65_HS1-834228961_62-HQ-83894_Section_8
Agency: FBI
Page 86
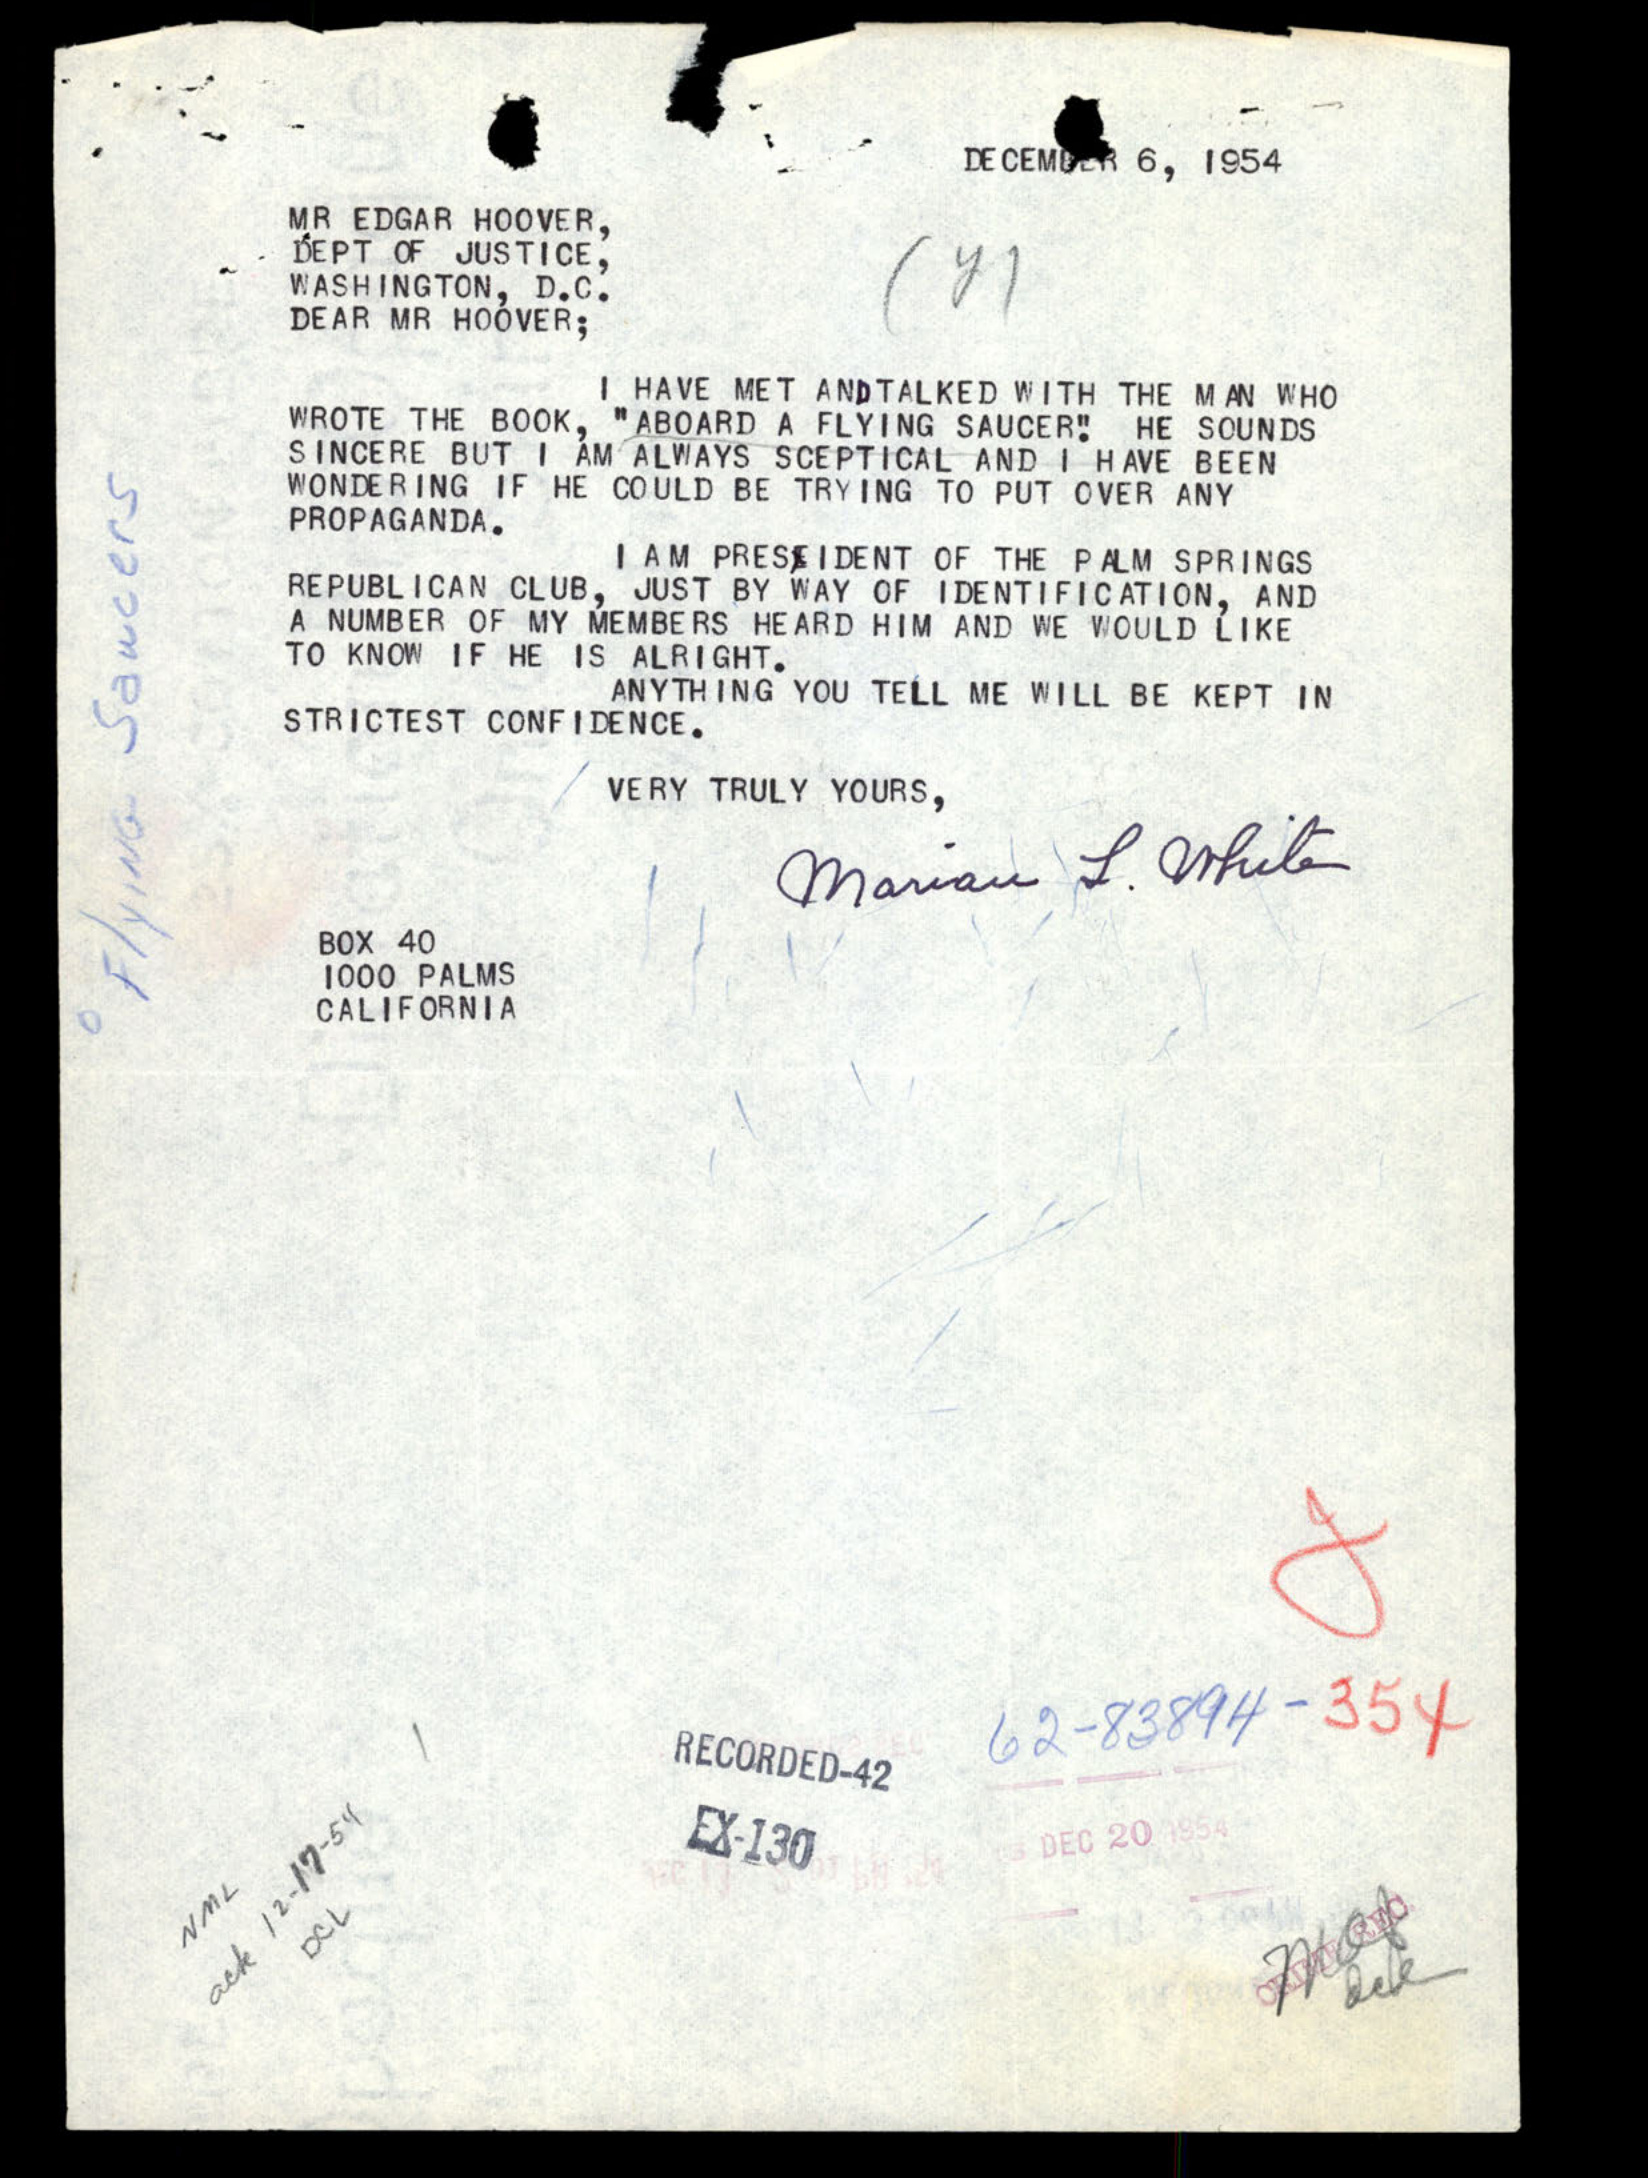